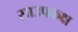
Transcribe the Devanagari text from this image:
साउपकक्ष